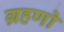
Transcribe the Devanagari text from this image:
ग्रहणो